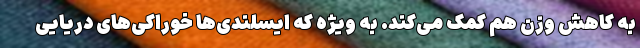
به کاهش وزن هم کمک می‌کند. به ویژه که ایسلندی‌ها خوراکی‌های دریایی